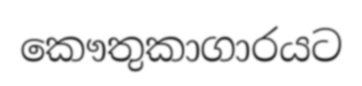
කෞතුකාගාරයට